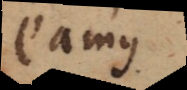
eamus